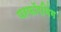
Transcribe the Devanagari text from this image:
परफॉरमिंग